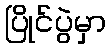
ပြိုင်ပွဲမှာ